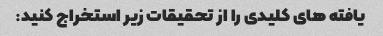
یافته های کلیدی را از تحقیقات زیر استخراج کنید: